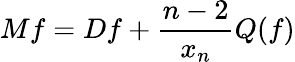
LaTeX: Mf=Df+{\frac{n-2}{x_{n}}}Q(f)